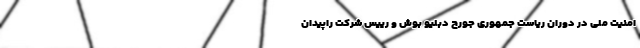
امنیت ملی در دوران ریاست جمهوری جورج دبلیو بوش و رییس شرکت راپیدان